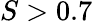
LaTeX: S>0.7